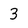
Character: 3